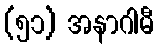
(၅၁) အနာဂါမီ